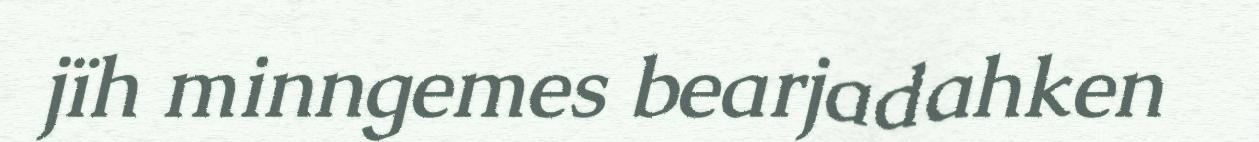
jïh minngemes bearjadahken